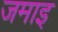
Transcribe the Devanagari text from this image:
जमाइ